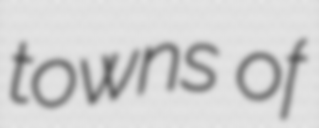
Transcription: towns of